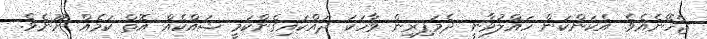
ޖެހޭނެއެވެ. އެކަންކަން ހައްލުވާނީ ދެމަފިރިން ވާހަކަ ދައްކައިގެންކަމީ ޝައްކެއް އޮތް ކަމެއް ނޫނެވެ.